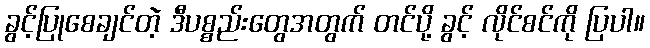
ခွင့်ပြုစေချင်တဲ့ ဒီပစ္စည်းတွေအတွက် တင်ပို့ ခွင့် လိုင်စင်ကို ပြပါ။